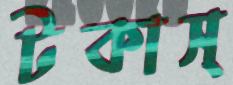
টকাস্‌